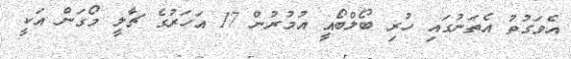
އެވަގުތު އެތަނުގައި ހުރި ބޯލްބޯއީ އުމުރުން 17 އަހަރުގެ ޗާލީ މޯގަން އަކީ